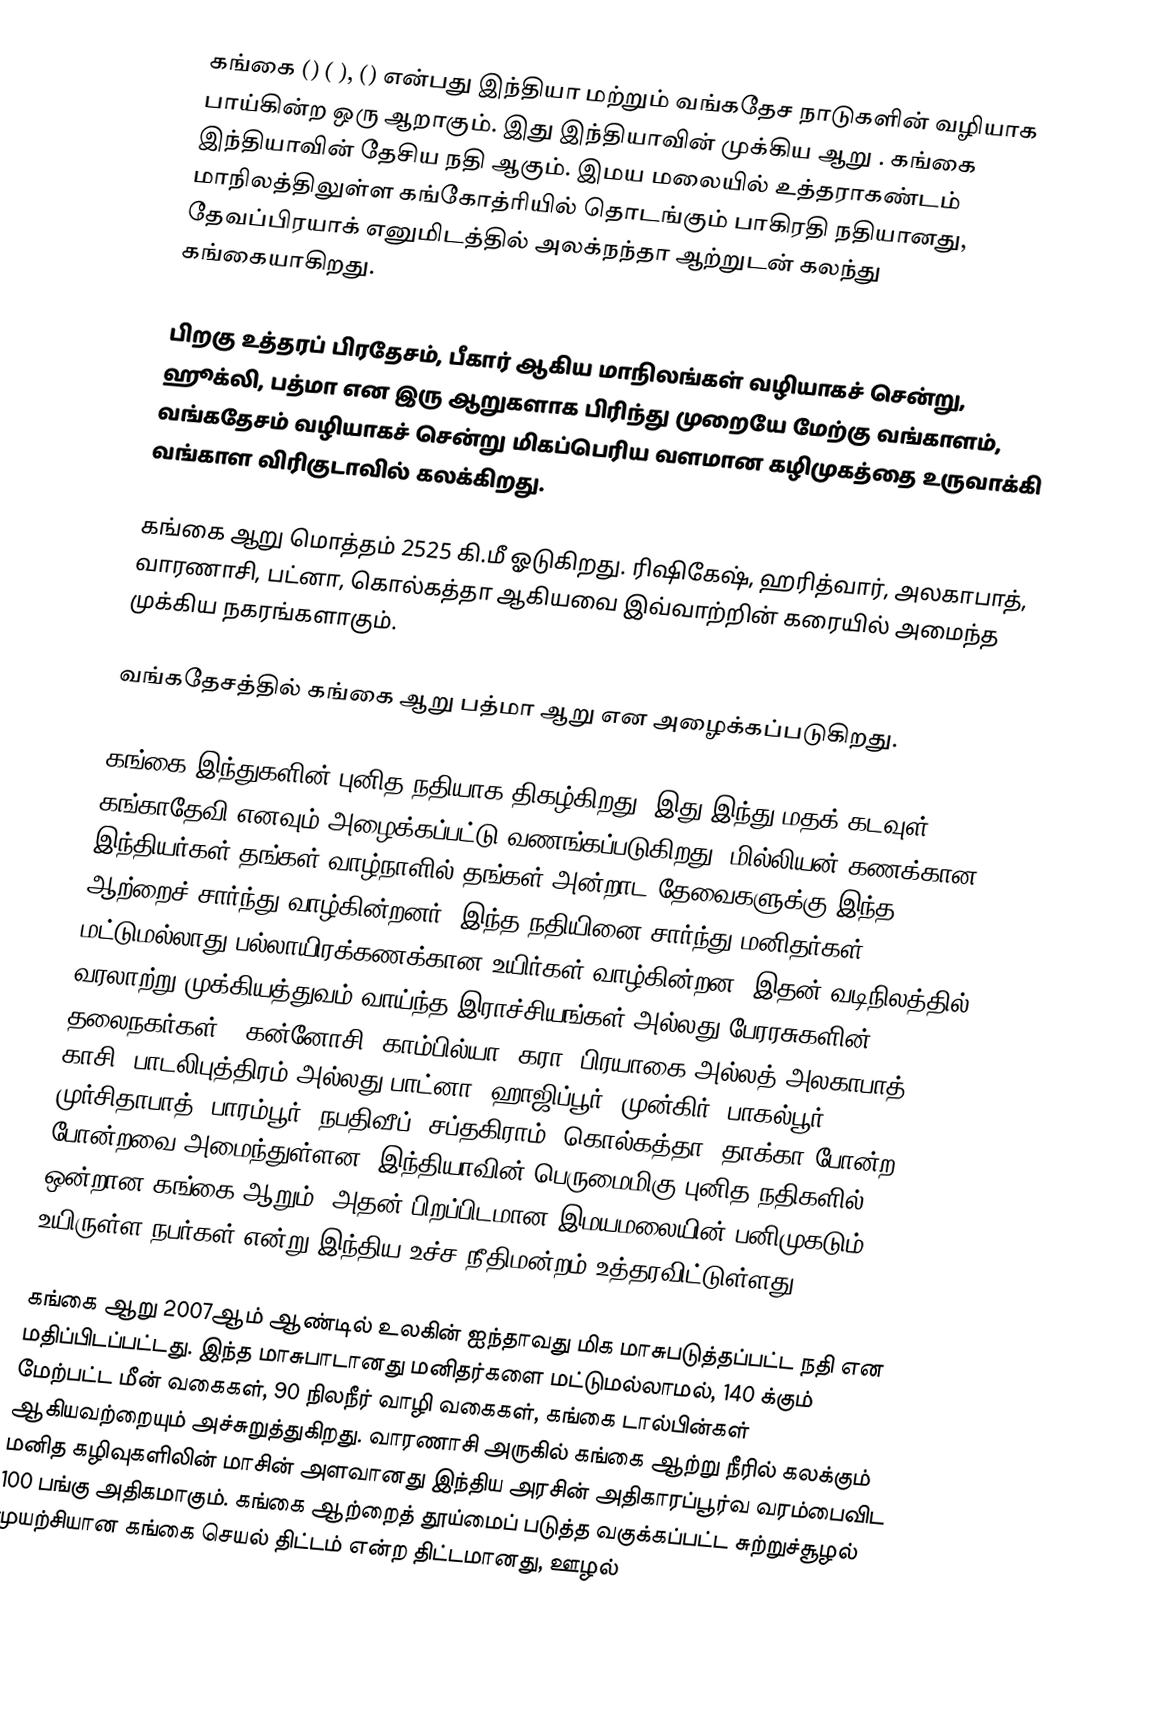
கங்கை () ( ), () என்பது  இந்தியா மற்றும் வங்கதேச நாடுகளின் வழியாக பாய்கின்ற ஒரு ஆறாகும்.  இது இந்தியாவின் முக்கிய ஆறு . கங்கை இந்தியாவின் தேசிய நதி ஆகும். இமய மலையில் உத்தராகண்டம் மாநிலத்திலுள்ள கங்கோத்ரியில் தொடங்கும் பாகிரதி நதியானது, தேவப்பிரயாக் எனுமிடத்தில் அலக்நந்தா ஆற்றுடன் கலந்து கங்கையாகிறது.

பிறகு உத்தரப் பிரதேசம், பீகார் ஆகிய மாநிலங்கள் வழியாகச் சென்று, ஹூக்லி, பத்மா என இரு ஆறுகளாக பிரிந்து முறையே மேற்கு வங்காளம், வங்கதேசம் வழியாகச் சென்று மிகப்பெரிய வளமான கழிமுகத்தை உருவாக்கி வங்காள விரிகுடாவில் கலக்கிறது.

கங்கை ஆறு மொத்தம் 2525 கி.மீ ஓடுகிறது. ரிஷிகேஷ், ஹரித்வார், அலகாபாத், வாரணாசி, பட்னா, கொல்கத்தா ஆகியவை இவ்வாற்றின் கரையில் அமைந்த முக்கிய நகரங்களாகும்.

வங்கதேசத்தில் கங்கை ஆறு பத்மா ஆறு என அழைக்கப்படுகிறது.

கங்கை இந்துகளின் புனித நதியாக திகழ்கிறது. இது இந்து மதக் கடவுள் கங்காதேவி எனவும் அழைக்கப்பட்டு வணங்கப்படுகிறது. மில்லியன் கணக்கான இந்தியர்கள் தங்கள் வாழ்நாளில் தங்கள் அன்றாட தேவைகளுக்கு இந்த ஆற்றைச் சார்ந்து வாழ்கின்றனர்.  இந்த நதியினை சார்ந்து மனிதர்கள் மட்டுமல்லாது பல்லாயிரக்கணக்கான உயிர்கள் வாழ்கின்றன. இதன் வடிநிலத்தில் வரலாற்று முக்கியத்துவம் வாய்ந்த இராச்சியங்கள் அல்லது பேரரசுகளின் தலைநகர்கள் ( கன்னோசி, காம்பில்யா, கரா, பிரயாகை அல்லத் அலகாபாத், காசி, பாடலிபுத்திரம் அல்லது பாட்னா, ஹாஜிப்பூர், முன்கிர், பாகல்பூர், முர்சிதாபாத், பாரம்பூர், நபதிவீப், சப்தகிராம், கொல்கத்தா, தாக்கா போன்ற) போன்றவை அமைந்துள்ளன. இந்தியாவின் பெருமைமிகு புனித நதிகளில் ஒன்றான கங்கை ஆறும், அதன் பிறப்பிடமான இமயமலையின் பனிமுகடும் உயிருள்ள நபர்கள்   என்று இந்திய உச்ச நீதிமன்றம் உத்தரவிட்டுள்ளது.

கங்கை ஆறு 2007ஆம் ஆண்டில் உலகின் ஐந்தாவது மிக மாசுபடுத்தப்பட்ட நதி என மதிப்பிடப்பட்டது.  இந்த மாசுபாடானது மனிதர்களை  மட்டுமல்லாமல், 140 க்கும் மேற்பட்ட மீன் வகைகள், 90 நிலநீர் வாழி வகைகள், கங்கை டால்பின்கள் ஆகியவற்றையும் அச்சுறுத்துகிறது. வாரணாசி அருகில் கங்கை ஆற்று நீரில் கலக்கும் மனித கழிவுகளிலின் மாசின் அளவானது இந்திய அரசின் அதிகாரப்பூர்வ வரம்பைவிட 100 பங்கு அதிகமாகும். கங்கை ஆற்றைத் தூய்மைப் படுத்த வகுக்கப்பட்ட சுற்றுச்சூழல் முயற்சியான கங்கை செயல் திட்டம் என்ற திட்டமானது, ஊழல்